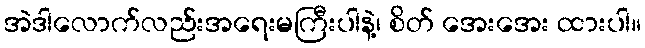
အဲဒါလောက်လည်းအရေးမကြီးပါနဲ့၊ စိတ် အေးအေး ထားပါ။